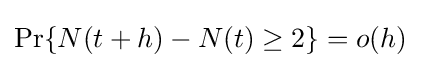
\textstyle \Pr\{N(t+h)-N(t)\geq 2\}=o(h)